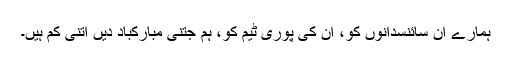
ہمارے ان سائنسدانوں کو، ان کی پوری ٹیم کو، ہم جتنی مبارکباد دیں اتنی کم ہیں۔